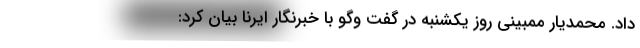
داد. محمدیار ممبینی روز یکشنبه در گفت وگو با خبرنگار ایرنا بیان کرد: